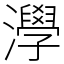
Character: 㶅